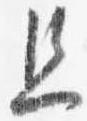
且